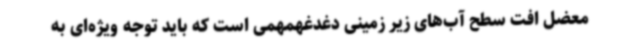
معضل افت سطح آب‌های زیر زمینی دغدغهمهمی است که باید توجه ویژه‌ای به